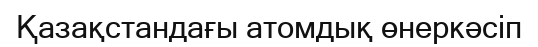
Қазақстандағы атомдық өнеркәсіп